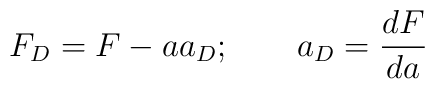
F_D = F - a a_D; \qquad a_D = \frac{dF}{da}